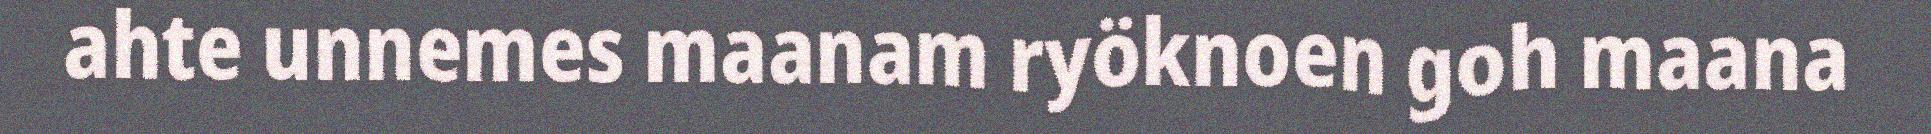
ahte unnemes maanam ryöknoen goh maana